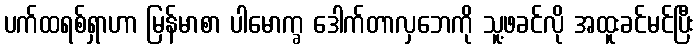
ပက်ထရစ်ရှာဟာ မြန်မာစာ ပါမောက္ခ ဒေါက်တာလှဘေကို သူ့ဖခင်လို အထူးခင်မင်ပြီး